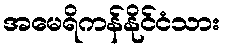
အမေရိကန်နိုင်ငံသား